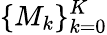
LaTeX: \{ M_{k}\} _{k=0}^{K}